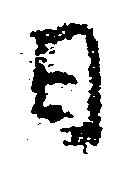
日